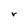
Character: r